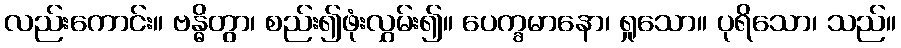
လည်းကောင်း။ ဗန္ဓိတွာ၊ စည်း၍ဖုံးလွှမ်း၍။ ပေက္ခမာနော၊ ရှုသော။ ပုရိသော၊ သည်။